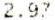
2.97